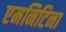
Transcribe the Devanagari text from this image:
एमनिटिना